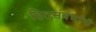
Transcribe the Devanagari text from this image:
हितसंबंधांनी